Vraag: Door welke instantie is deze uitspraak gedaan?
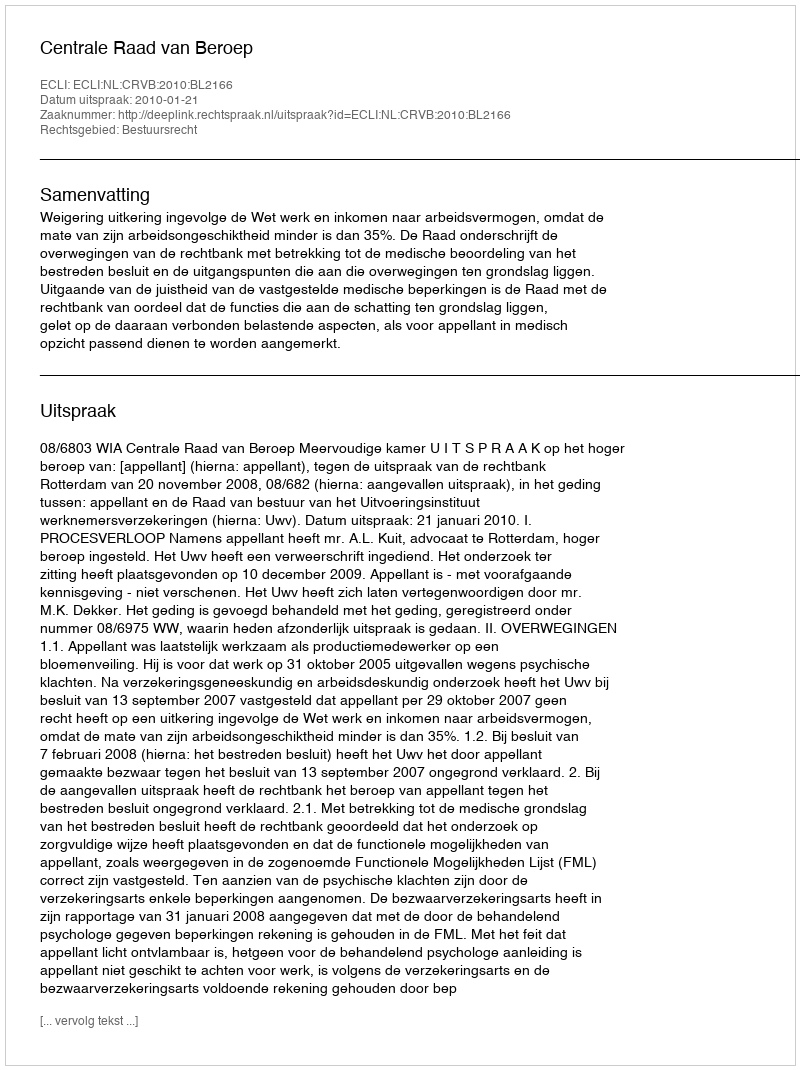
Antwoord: Centrale Raad van Beroep